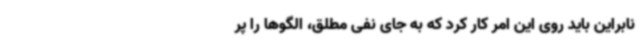
نابراین باید روی این امر کار کرد که به جای نفی مطلق، الگوها را پر